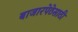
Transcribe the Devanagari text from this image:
बाजारपेठेसाठी